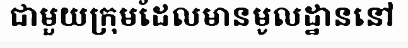
ជាមួយក្រុមដែលមានមូលដ្ឋាននៅ